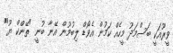
ވީރޫއަކީ ބަސްމަދު މީހެއް ކަމުން އެވޯޑް ލިބުމުން އޭނާ ބުނީ "ތޭންކް ޔޫ"